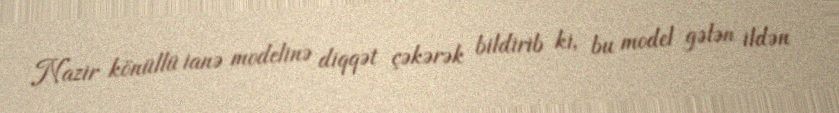
Nazir könüllü ianə modelinə diqqət çəkərək bildirib ki, bu model gələn ildən